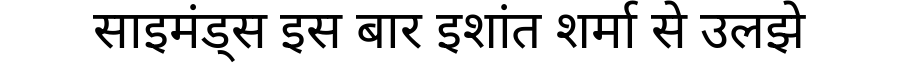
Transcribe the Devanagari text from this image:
साइमंड्स इस बार इशांत शर्मा से उलझे